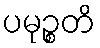
ပမုဉ္စတိ